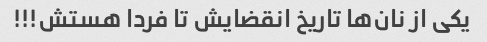
یکى از نان‌ها تاریخ انقضایش تا فردا هستش!!!